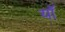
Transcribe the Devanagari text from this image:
यॉ